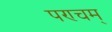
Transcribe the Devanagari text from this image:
पण्चम्